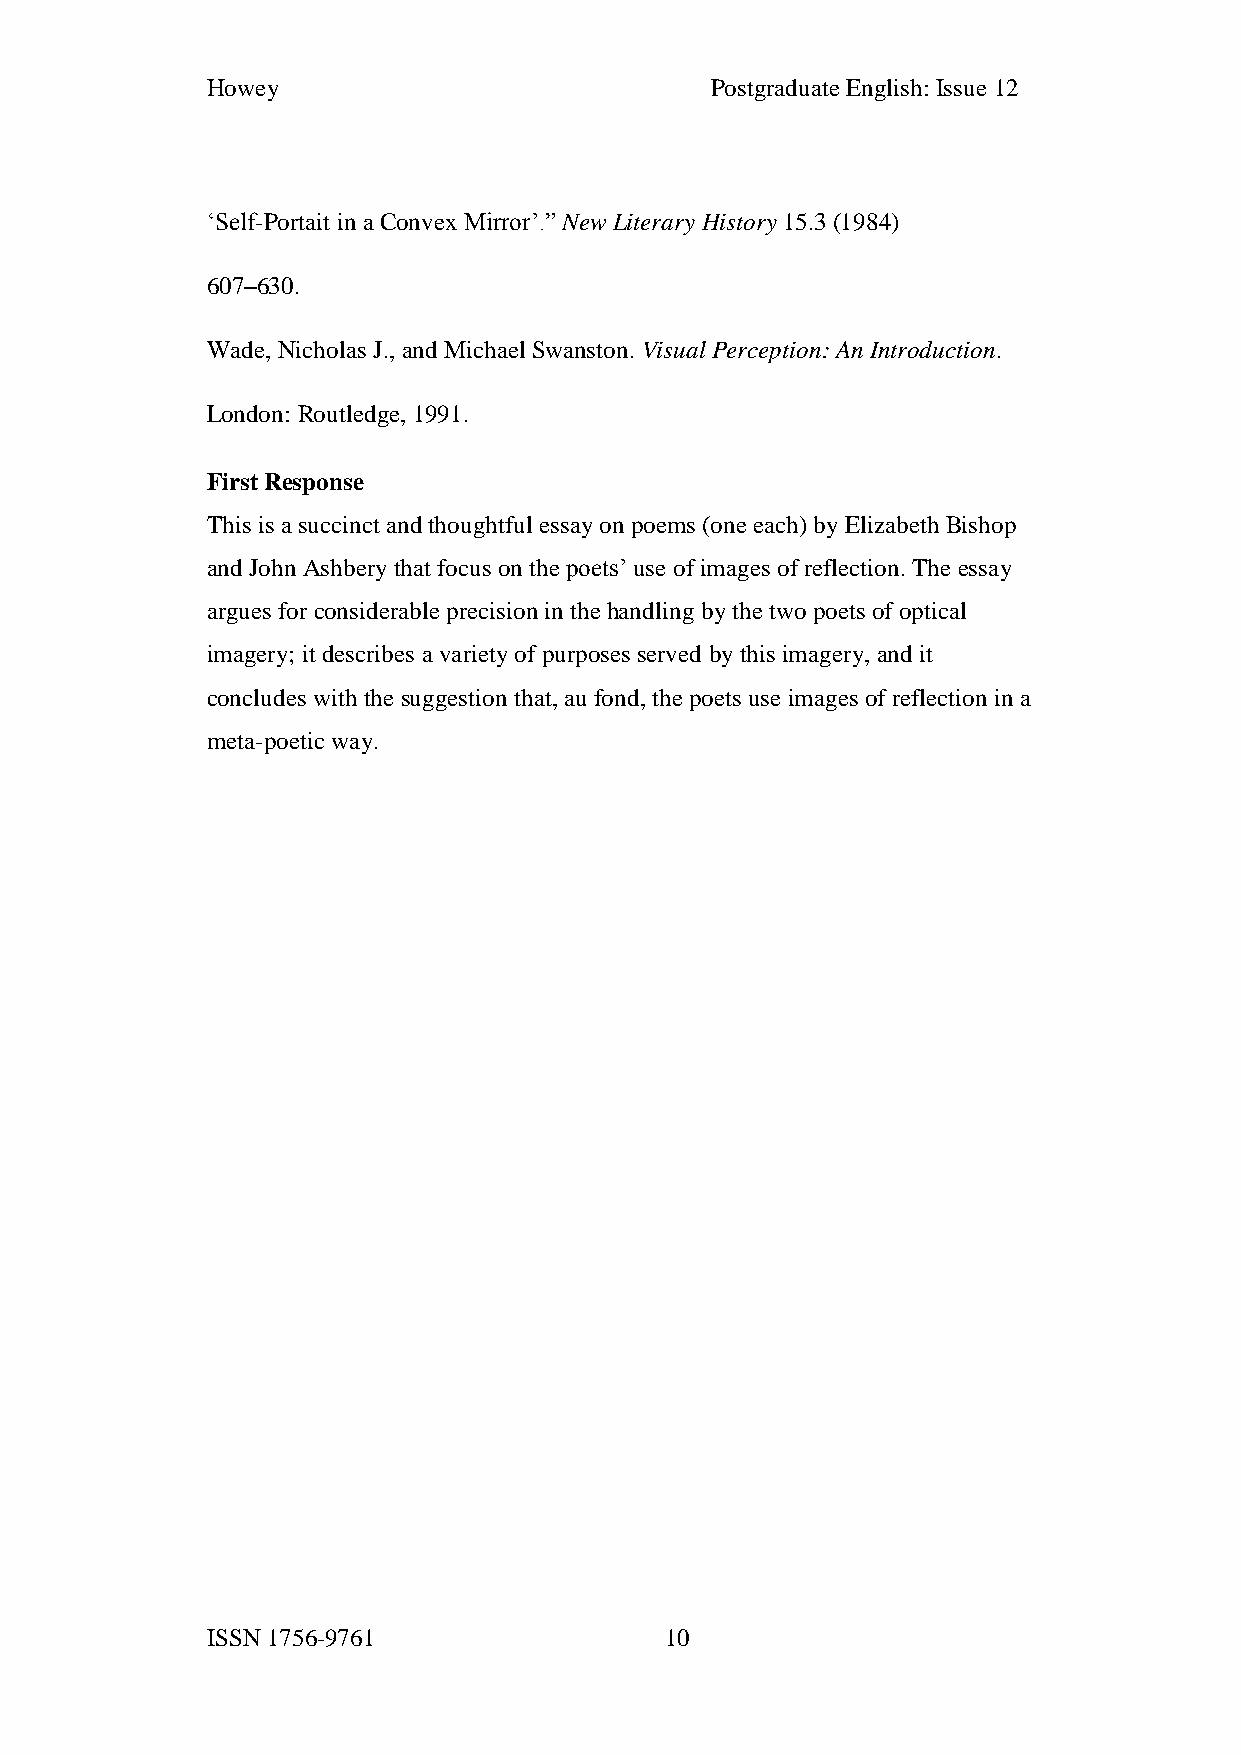
Howey                            Postgraduate English: Issue 12
 ‘Self-Portait in a Convex Mirror’.” New Literary History 15.3 (1984)
 607–630.
 Wade, Nicholas J., and Michael Swanston. Visual Perception: An Introduction.
 London: Routledge, 1991.
 First Response
 This is a succinct and thoughtful essay on poems (one each) by Elizabeth Bishop
 and John Ashbery that focus on the poets’ use of images of reflection. The essay
 argues for considerable precision in the handling by the two poets of optical
 imagery; it describes a variety of purposes served by this imagery, and it
 concludes with the suggestion that, au fond, the poets use images of reflection in a
 meta-poetic way.
 ISSN 1756-9761                10